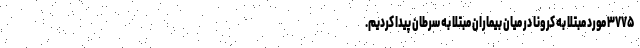
۳۷۷۵ مورد مبتلا به کرونا در میان بیماران مبتلا به سرطان پیدا کردیم.